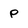
Character: P